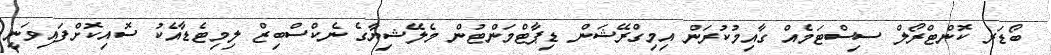
ބޯޑަރ ކޮންޓްރޯލް ސިސްޓަމެއް ގާއިމުކުރަން އިމިގްރޭޝަން ޑިޕާޓްމަންޓުން މެލޭޝިޔާގެ ނެކްސްބިޒް ލިމިޓެޑާއެކު ސޮއިކޮށްފައިވަނީ